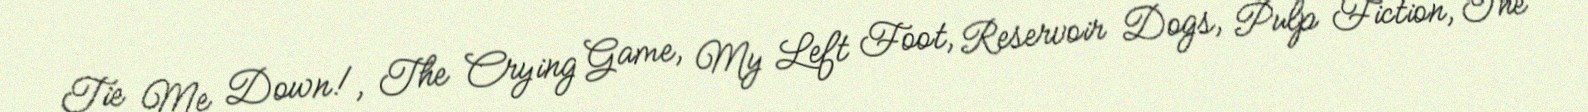
Tie Me Down!, The Crying Game, My Left Foot, Reservoir Dogs, Pulp Fiction, The